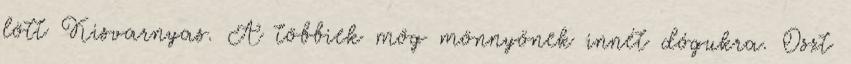
lött Kisvarnyas. A többiek mög mönnyönek innét dógukra. Oszt